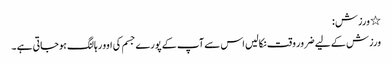
٭ ورزش :
ورزش کے لیے ضرور وقت نکالیں اس سے آپ کے پورے جسم کی اوور ہالنگ ہوجاتی ہے ۔